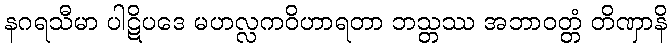
နဂရသီမာ ပါဋိပဒေ မဟလ္လကဝိဟာရတာ ဘသ္တဿ အဘာဝတ္တံ တိဏှာနိ